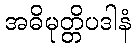
အဓိမုတ္တိပဒါနံ